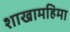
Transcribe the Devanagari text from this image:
शाखामहिमा